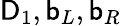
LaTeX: \mathsf{D}_{1},\mathsf{b}_{L},\mathsf{b}_{R}